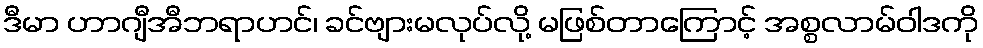
ဒီမာ ဟာဂျီအီဘရာဟင်၊ ခင်ဗျားမလုပ်လို့ မဖြစ်တာကြောင့် အစ္စလာမ်ဝါဒကို